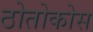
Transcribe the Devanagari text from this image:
ठोतोकोस